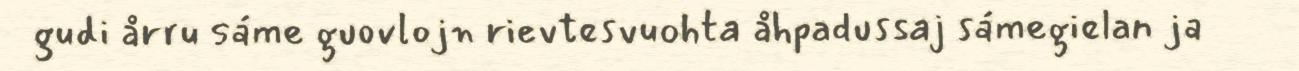
gudi årru sáme guovlojn rievtesvuohta åhpadussaj sámegielan ja